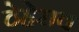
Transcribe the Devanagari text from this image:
ठेहेराव